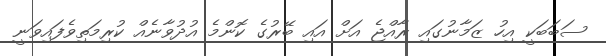
ސަބަބަކީ އިހު ޒަމާނުގައި ރާއްޖެ އަށް އައި ބޭރުގެ ކޮންމެ އުދުވާނެއް ކުރިމަތިވެފައިވަނީ